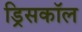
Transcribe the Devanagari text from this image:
ड्रिसकॉल